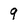
Character: 9